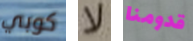
كوبي لا قدومنا